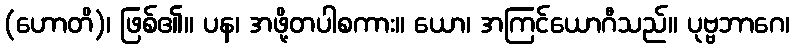
(ဟောတိ)၊ ဖြစ်၏။ ပန၊ အဖို့တပါစကား။ ယော၊ အကြင်ယောဂီသည်။ ပုဗ္ဗဘာဂေ၊